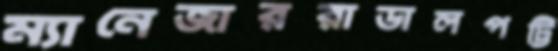
ম্যানেজাররাডালপট্টি